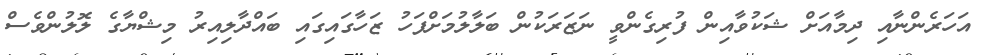
އަހަރެންނާއި ދިމާއަށް ޝަކުވާއިން ފުރިގެންވީ ނަޒަރަކުން ބަލާލުމަށްފަހު ޒަހާގައިގައި ބައްދާލިއިރު މިޝްޔާގެ ލޮލުންވެސް